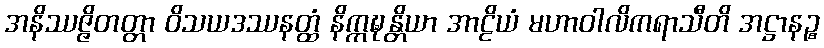
အနိဿဇ္ဇိတတ္တာ ဝိသယဒဿနတ္ထံ နိက္ကဍ္ဎန္တိယာ အာဠိယံ မဟာဝါလိကရာသီတိ အဋ္ဌာနဉ္စ